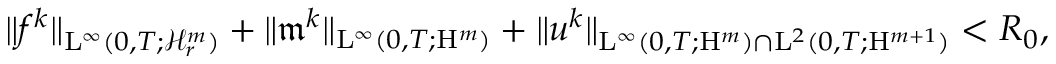
\begin{array} { r } { \Vert f ^ { k } \Vert _ { \mathrm { L } ^ { \infty } ( 0 , T ; \mathcal { H } _ { r } ^ { m } ) } + \Vert \mathfrak { m } ^ { k } \Vert _ { \mathrm { L } ^ { \infty } ( 0 , T ; \mathrm { H } ^ { m } ) } + \Vert u ^ { k } \Vert _ { \mathrm { L } ^ { \infty } ( 0 , T ; \mathrm { H } ^ { m } ) \cap \mathrm { L } ^ { 2 } ( 0 , T ; \mathrm { H } ^ { m + 1 } ) } < R _ { 0 } , } \end{array}